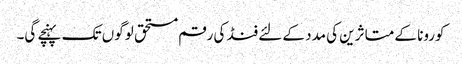
کورونا کے متاثرین کی مدد کے لئے فنڈ کی رقم مستحق لوگوں تک پہنچے گی۔